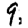
Digit: 9